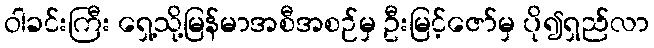
ဝါခင်းကြီး ရှေ့သို့မြန်မာအစီအစဉ်မှ ဦးမြင့်ဇော်မှ ပို၍ရှည်လာ